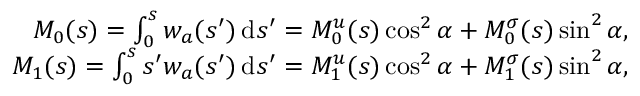
\begin{array} { r } { M _ { 0 } ( s ) = \int _ { 0 } ^ { s } w _ { a } ( s ^ { \prime } ) \, \mathrm { d } s ^ { \prime } = M _ { 0 } ^ { u } ( s ) \cos ^ { 2 } \alpha + M _ { 0 } ^ { \sigma } ( s ) \sin ^ { 2 } \alpha , } \\ { M _ { 1 } ( s ) = \int _ { 0 } ^ { s } s ^ { \prime } w _ { a } ( s ^ { \prime } ) \, \mathrm { d } s ^ { \prime } = M _ { 1 } ^ { u } ( s ) \cos ^ { 2 } \alpha + M _ { 1 } ^ { \sigma } ( s ) \sin ^ { 2 } \alpha , } \end{array}